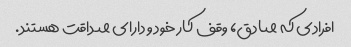
افرادی که صادق، وقف کار خود و دارای صداقت هستند.